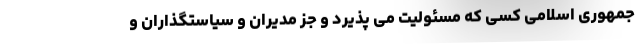
جمهوری اسلامی کسی که مسئولیت می پذیرد و جز مدیران و سیاستگذاران و